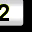
Digit: 2